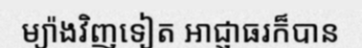
ម្យ៉ាងវិញទៀត អាជ្ញាធរក៏បាន